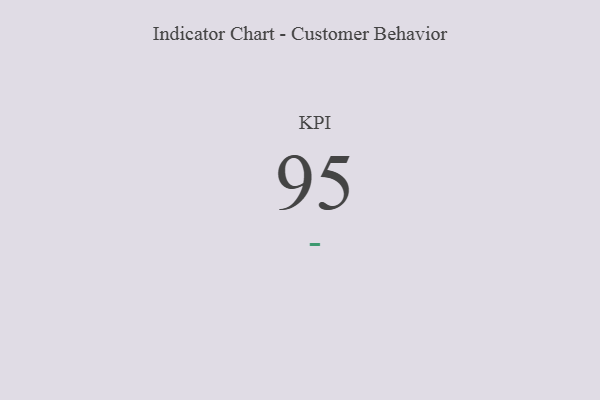
{"axis": {"x": "KPI", "y": "Value"}, "legend": [""], "data": [{"x": "KPI", "y": 95, "type": ""}]}